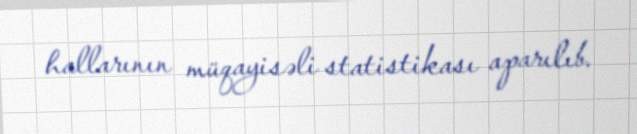
hallarının müqayisəli statistikası aparılıb.